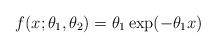
LaTeX: \begin{align*}f(x; \theta_1, \theta_2) = \theta_1 \exp ( - \theta_1 x)\end{align*}